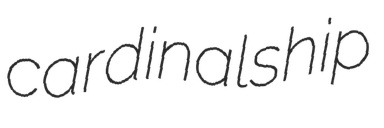
cardinalship